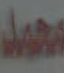
محمد